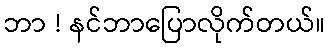
ဘာ ! နင်ဘာပြောလိုက်တယ်။